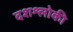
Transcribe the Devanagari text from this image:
दशश्लोकी